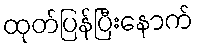
ထုတ်ပြန်ပြီးနောက်